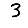
Digit: 3